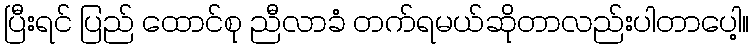
ပြီးရင် ပြည် ထောင်စု ညီလာခံ တက်ရမယ်ဆိုတာလည်းပါတာပေါ့။